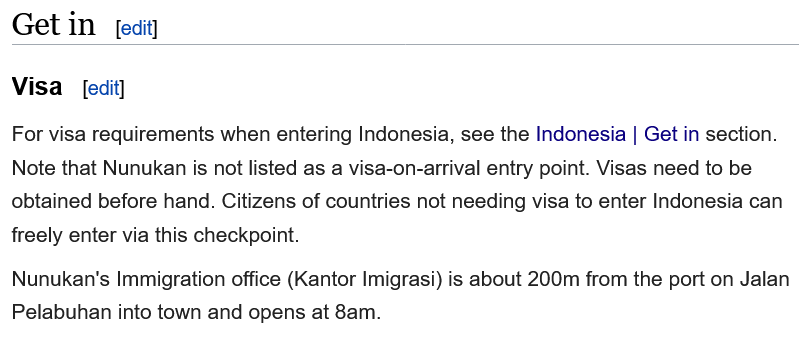
Visa
     [edit]
  For visa requirements when entering Indonesia, see the Indonesia | Get in section.
  Note that Nunukan is not listed as a visa-on-arrival entry point. Visas need to be
  obtained before hand. Citizens of countries not needing visa to enter Indonesia can
  freely enter via this checkpoint.
  Nunukan's Immigration office (Kantor Imigrasi) is about 200m from the port on Jalan
  Pelabuhan into town and opens at 8am.